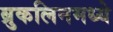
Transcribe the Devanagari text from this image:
ब्रुकलिनमध्ये